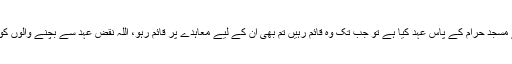
ہاں جن سے تم نے مسجد حرام کے پاس عہد کیا ہے تو جب تک وہ قائم رہیں تم بھی ان کے لیے معاہدے پر قائم رہو، اللہ نقض عہد سے بچنے والوں کو دوست رکھتا ہے۔